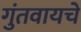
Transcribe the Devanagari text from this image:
गुंतवायचे